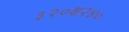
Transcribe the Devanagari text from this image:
३२०क्ष२४०